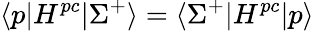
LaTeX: \langle p|H^{pc}|\Sigma^{+}\rangle=\langle\Sigma^{+}|H^{pc}|p\rangle